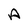
Character: A